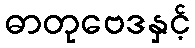
ဓာတုဗေဒနှင့်